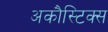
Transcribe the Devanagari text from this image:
अकौस्टिक्स